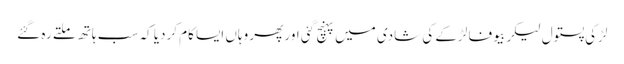
لڑکی پستول لیکر بیوفا لڑکے کی شادی میں پہنچ گئی اور پھر وہاں ایسا کام کردیا کہ سب ہاتھ ملتے رہ گئے